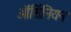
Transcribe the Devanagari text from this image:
ऑर्सिनियन